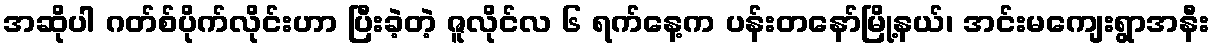
အဆိုပါ ဂတ်စ်ပိုက်လိုင်းဟာ ပြီးခဲ့တဲ့ ဇူလိုင်လ ၆ ရက်နေ့က ပန်းတနော်မြို့နယ်၊ အင်းမကျေးရွာအနီး